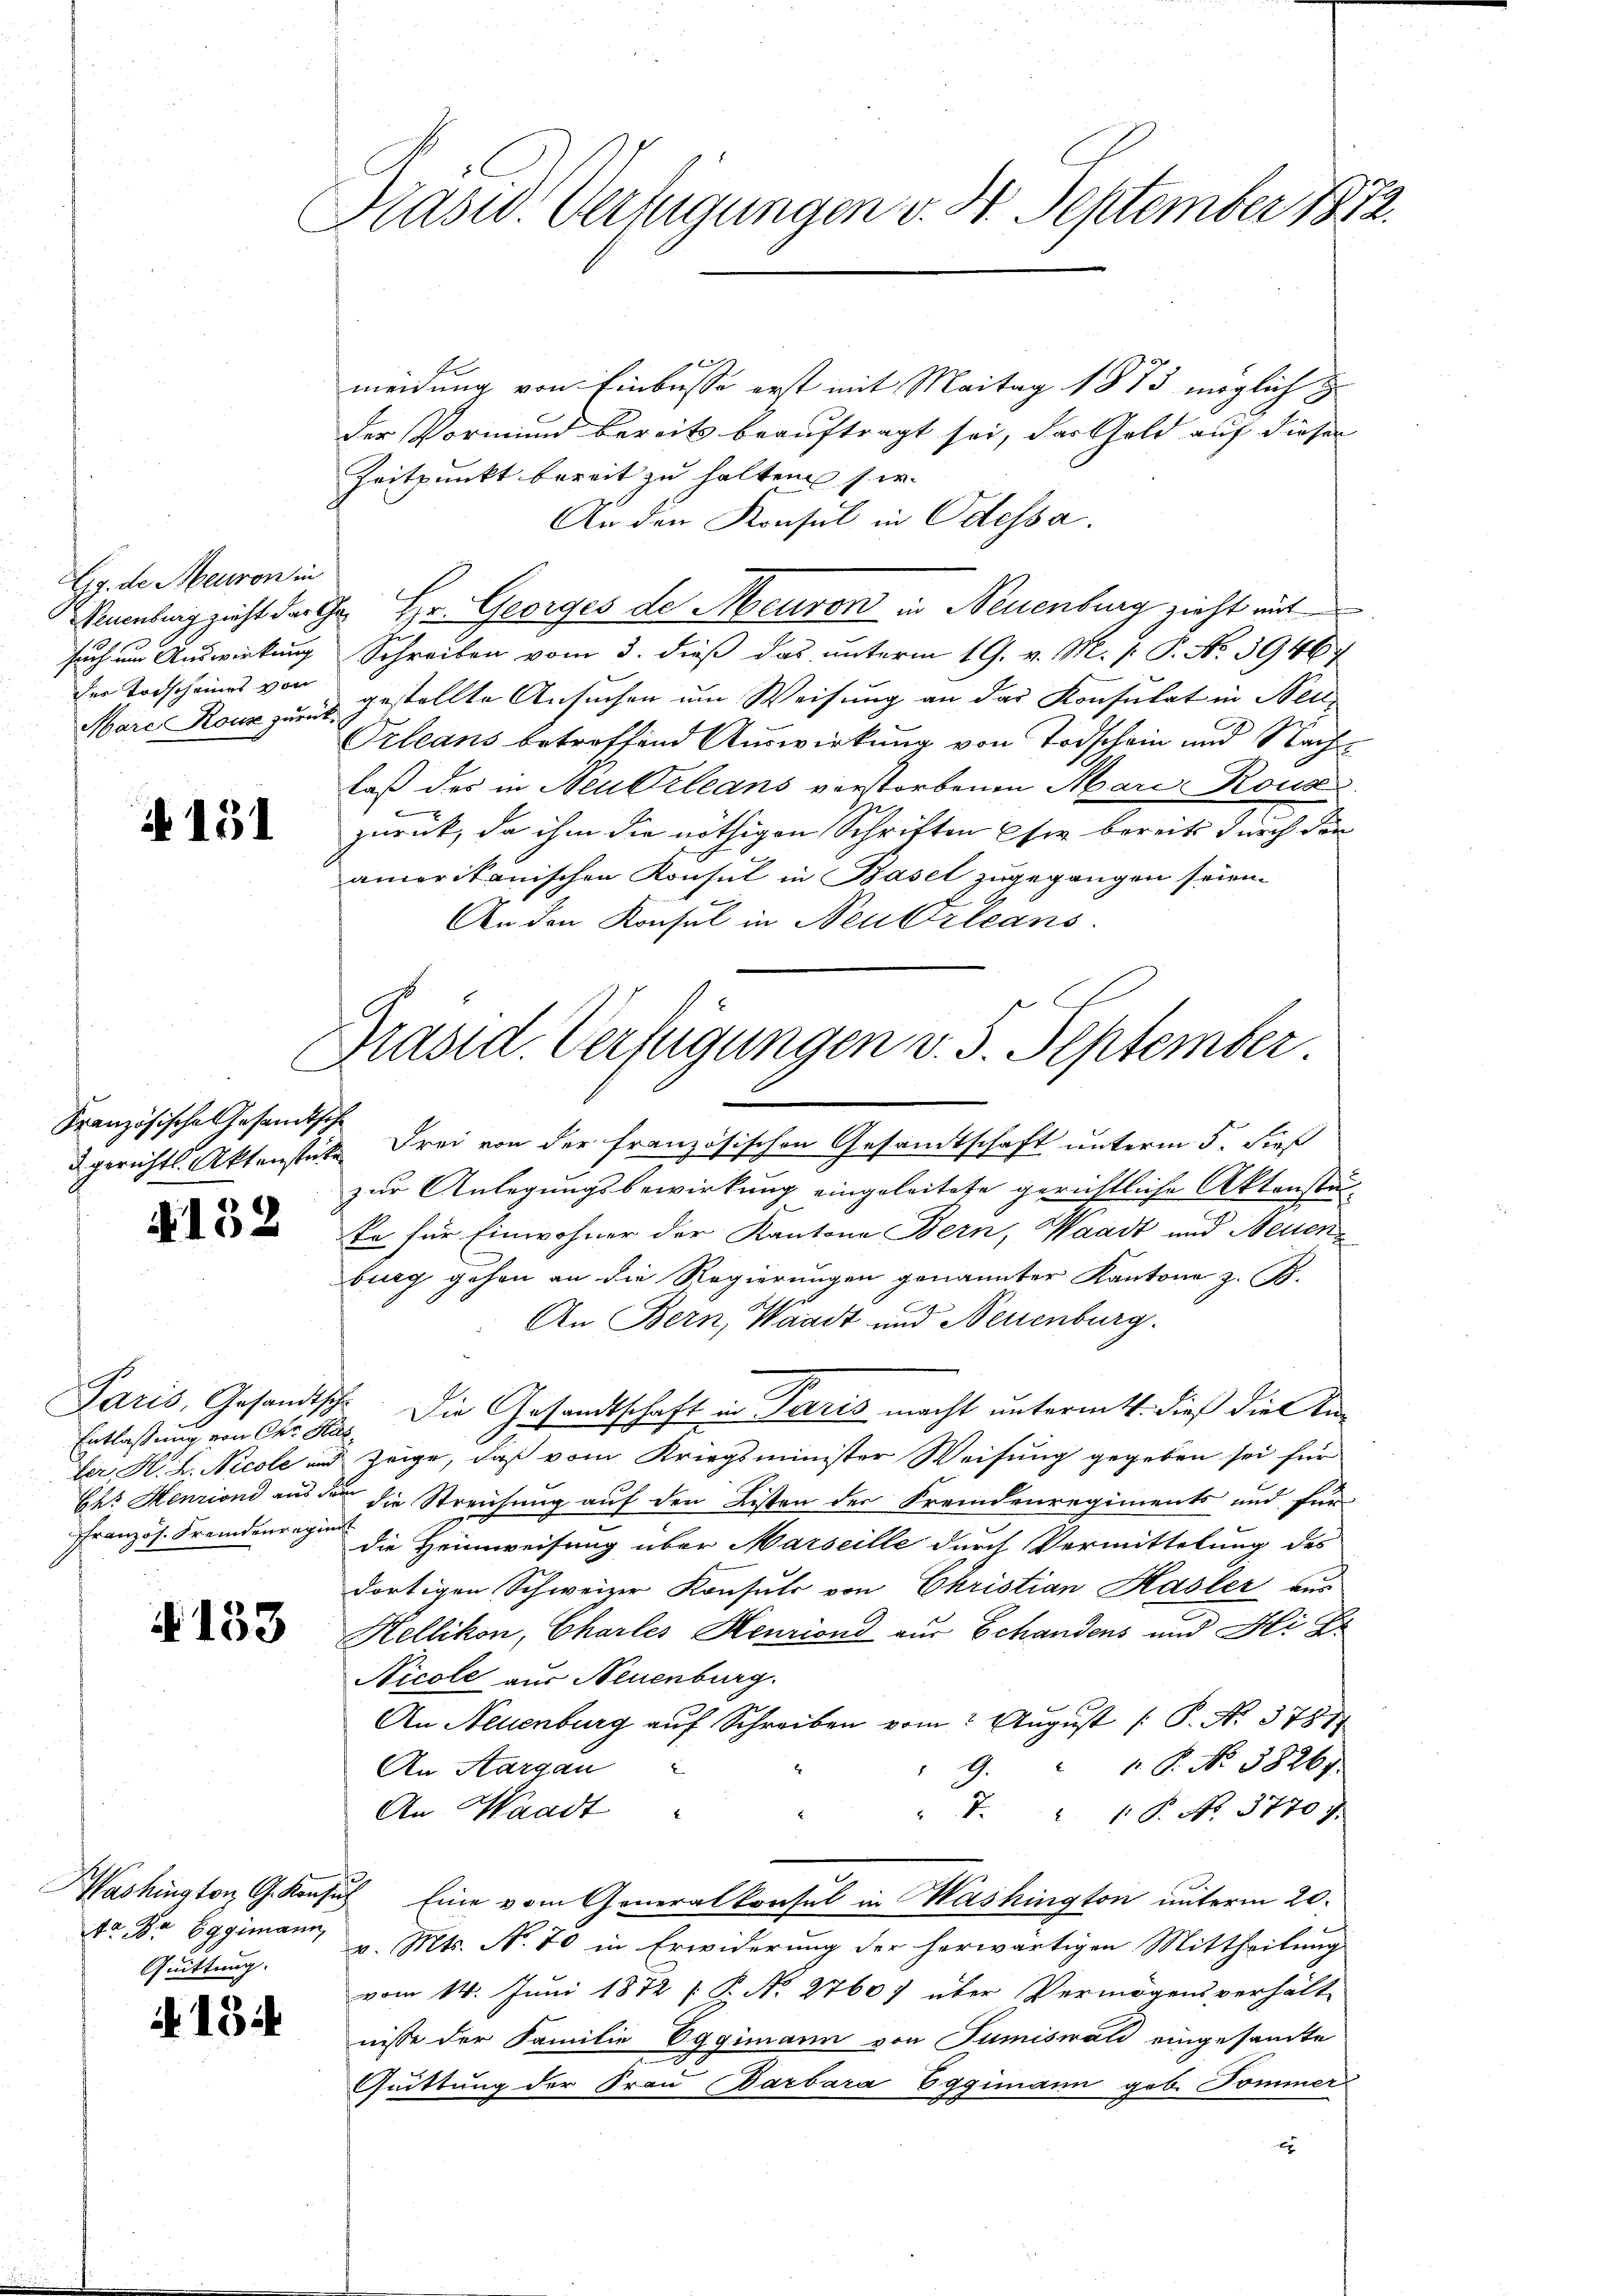
Eg. de Meuron in
such um Auswirkung
der Todscheines von

A 151

Französische Gesandtsche

4152

Entlassung von Chr. Has
Französ. Fremdenreginn

§133

Quittung.

134

Kasid. Verfügungen v. 24. September 1872.

Präsid. Verfügungen v. 5. September

t
meidung von Einbusse erst mit Maitag 1873 möglich z
der Vormund bereits beauftragt sei, darthold auf diesen
Zeitpunkt bereit zu halten sie
An den Konsul in Odessa.
Naumburg zieht der Chr. Hr. Georges de Meuron in Neuenburg zieht mit
Schreiben vom 3. dieß das unterm 19. v. M. P. P. No 39467
Mare Rouz zum gestellte Ansuchen um Weisung an das Konsulat in Neu¬
Orleans betreffend Auswirkung von Todschein und Nachlaß des in Neutrleans verstorbenen Mare Rous
 |
zurück, da ihm die nöthigen Schriften sie bereits durch den
amerikanischen Konsul in Basel zugegangen seien.
An den Konsul in Neukrleans
dgerichts-Aktenstete Frei von der französischen Gesandtschaft unterm 5. dieß
zur Anlegungsbewirkung eingeleitete gerichtliche Aktenstänko für Einwohner der Kantone Bern, Waadt und Neuenburg gehen an die Regierungen genannter Kantone z. B.
An Bern, Waadt und Neuenburg.
Paris, Gesandtsche. Die Gesandtschaft in Paris macht untermitt. dieß die Anler H. L. Nicole und zeige, daß vom Kriegsminister Weisung gegeben sei für
bes Henzion aus dem die Streichung auf den Listen der Fremdenregiments und für
die Heimweisung über Marseille durch Vermittelung des
dortigen Schweizer Konsuls von Christian Hasler aus
Hellikon, Chartes Henriond aus Schandens und Hi Dr
Nicole aus Neuenburg.
An Neuenburg auf Schreiben vom August [P. No. 3781
An Aargau
9.  "  P. No. 58267.
An Waadt
" V. 1: P. No. 37707.
Mashington G. Konsich Eine vom Generalkonsul in Washington unterm 20.
12. Dr Eggimann, v. Mts. No. 70 in Erwiderung der herwärtigen Mittheilung
vom 14. Juni 1872 [ P. N. 2760) über Vermögensverhält
nisse der Familie Eggimann von Tumiswald eingesamte
Guittung der Frau Barbara Eggimann geb. Pommer
x